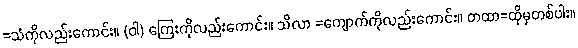
=သံကိုလည်းကောင်း။ (ဝါ) ကြေးကိုလည်းကောင်း။ သိလာ =ကျောက်ကိုလည်းကောင်း။ တထာ=ထိုမှတစ်ပါး။